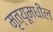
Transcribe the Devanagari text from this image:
मृत्यूमधील